Scottish Leaving Certificate Examination, 1957
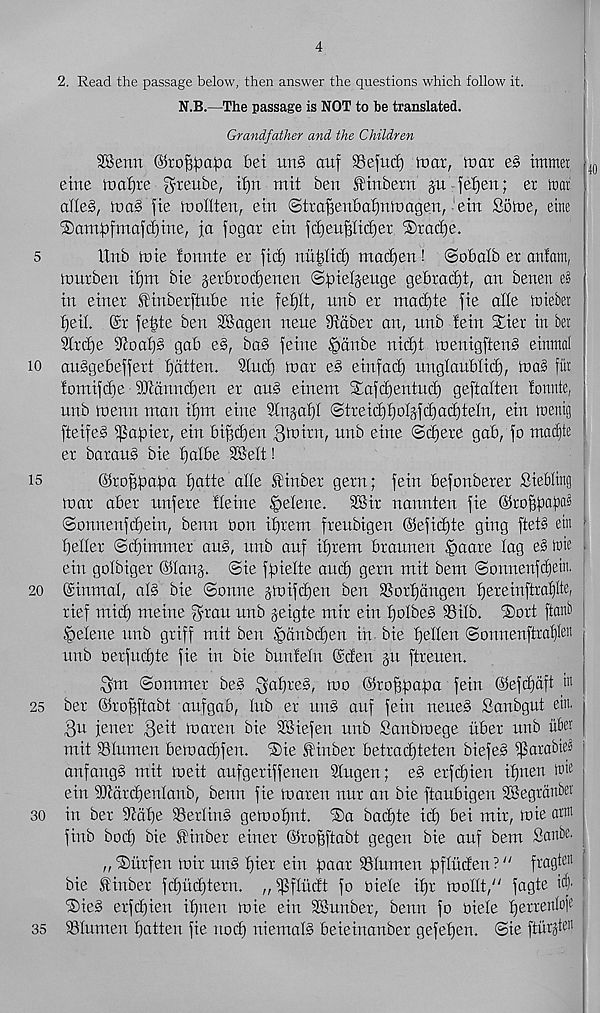
5
10
15
20
25
30
35
4
2. Read the passage below, then answer the questions which follow it.
N.B.—The passage is NOT to be translated.
Grandfather and the Children
SSetm ©tof^apct bet urt§ attf SSefucf) tuar, roar e§ ttnmet
eitte roaljte $reube,
mit ben J^inbern ju je^en; er mat
alleS, toa§ fie rolllten, etn ©tra^enbafjnroagen, 'em Some, eme
®amfDfmafdrme, ja fogar ein fd)eu|It(f)er ®rad)e.
Unb rote fonnte er fid) ntt^Iid) madjen! ©obalb er anfam,
rourben if)m bie jerbrodjenen ©ftieljeuge gebrad)t, an benen
in einer SHnberftube nie fef)lt, unb er tnad)te fie alle miebei
fjeil @r fe^te ben SSagen neue 3idber an, nnb !ein STier in ber
2trd)e iJioaf)g gab e§, ba§ feme §dnbe nid)t roenigftenS einmal
au§gebeffert flatten. Slud) roar e§ einfad) nngfanbfid), roa§ fiit
fomifcbe SDfctnndien er au§ einent ^afdjentud) geftaften fonnte,
unb menu man if)m eine Sfnjaf)! @treid)f)oI^fd)ad)teIn, ein toenig
fteife§ ^aftier, ein bi§d)en S'mirn, nnb eine @d)ere gab, fo maif)te
er barauS bie fjalbe SBeft!
(Skoffpafm patte afle Ifinber gern; fein befonberer Siebling
roar aber unfere ffeine §efene.
2Bir nannten fie ©roppafia^
©onnenfdjein, benn Don ifjrent frenbigen ©efid)te ging ftet§ etn >
f)e»r ©d)immer au§, unb auf ifjrem braunen §aare fag e§ttue .
ein gofbiger ©fang. @ie fpiefte and) gern mit bem ©onnenfdjetn.
(Sirintat, al§ bie ©onne §roifd)en ben 3Sorf)angen f)ereinftraf)Ite,
rief mid) ntetne f^ran nnb geigte mtr ein fjofbeS SSilb. ®ort ftanb
tpefene unb griff mit ben §dnbd)en in bie fjetten ©onnenftratjlen i
nnb oerfudjte fie in bie bunfetn @dert jtt ftrenen.
^m ©ommer be§ ^at)re§, roo ©ro^papa fein ©efdfaft in
ber ©ropftabt aufgab, tub er un§ auf fein neue§ Sanbgut ein.
3u fetter
roaren bie SBiefen unb Sanbroege itber unb itfier
mit SSIumen betoadifen. ®ie Itinber betrad)teten biefeS if?arabie^
anfangS mit roeit aufgeriffenen Stugen; e§ erfcpien ipnen tt>i e 1
ein 9Jtard)entanb, benn fie roaren nur an bie ftaubigen SBegranbet
in ber ittape 35ertin§ geroopnt. iSa badpte id) bei mir, roie atm
finb bod) bie Stinber einer ©ropftabt gegen bie auf bem Sanbe.
„ ®itrfen roir un§ pier ein paar SStnmen pflitden ? “ fragten
bie Sinber fcpitcptern. „$fludt fo oiete ipr roottt/' fagte i4
iSieS erfcpien ipnen roie ein SBunber, benn fo oiete perrertlofe ,
SStnmen patten fie nod) niemat§ beieinanber gefepen. ©ie fturgten